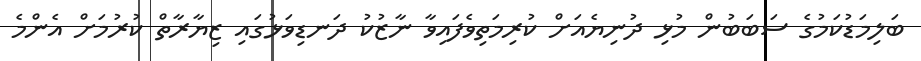
ބަލިމަޑުކަމުގެ ސަބަބުން މުޅި ދުނިޔެއަށް ކުރިމަތިވެފައިވާ ނާޒުކު ދަނޑިވަޅުގައި ޒިޔާރާތް ކުރުމަށް އެންމެ